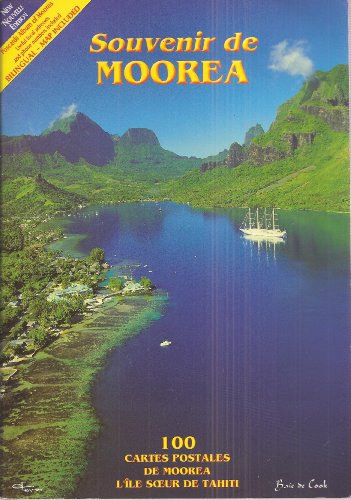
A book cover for Souvenir De Moorea 100 Cartes Postales De Moorea L'ile Soeur De Tahiti (Postcards Album of Moorea, the Island South of Tahiti) English and French Text, Map Included; Unknown; Travel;